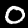
Label: 0